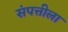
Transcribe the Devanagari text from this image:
संपत्तीला